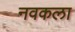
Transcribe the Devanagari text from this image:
नवकला